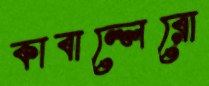
কাবাল্লেরো